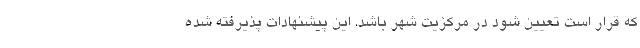
که قرار است تعیین شود در مرکزیت شهر باشد. این پیشنهادات پذیرفته شده